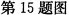
第15题图